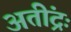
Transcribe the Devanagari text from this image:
अतींद्रः